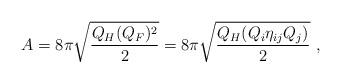
LaTeX: \begin{align*}A= 8\pi \sqrt {Q_H (Q_F)^2 \over 2}=8\pi \sqrt {Q_H (Q_i \eta_{ij} Q_j)\over2} \ ,\end{align*}